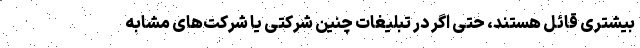
بیشتری قائل هستند، حتی اگر در تبلیغات چنین شرکتی یا شرکت‌های مشابه